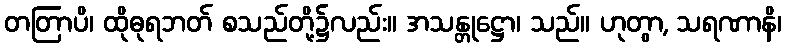
တတြာပိ၊ ထိုဓုရဘတ် စသည်တို့၌လည်း။ အသန္တုဋ္ဌော၊ သည်။ ဟုတွာ, သရဏာနိ၊